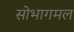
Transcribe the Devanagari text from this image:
सोभागमल